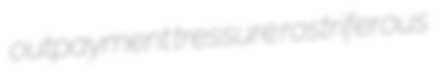
outpayment tressure rostriferous